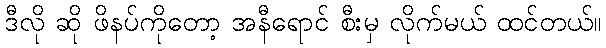
ဒီလို ဆို ဖိနပ်ကိုတော့ အနီရောင် စီးမှ လိုက်မယ် ထင်တယ်။